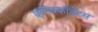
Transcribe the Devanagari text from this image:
एल्बिकॉडेटस